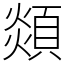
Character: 顃